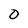
Character: 0